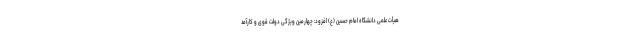
هیأت علمی دانشگاه امام حسین (ع) افزود: چهارمین ویژگی دولت قوی و کارآمد